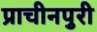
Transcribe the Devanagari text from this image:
प्राचीनपुरी